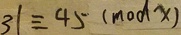
3 1 \equiv 4 5 ( m o d x )